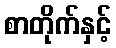
စာတိုက်နှင့်